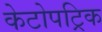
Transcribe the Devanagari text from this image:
केटोपट्रिक